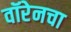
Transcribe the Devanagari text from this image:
वॉरेनचा